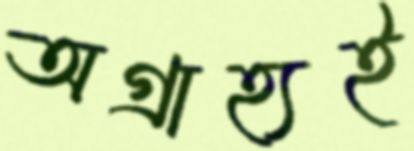
অগ্রাহ্যই